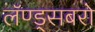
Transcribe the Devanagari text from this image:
लॅण्ड्सबरो